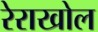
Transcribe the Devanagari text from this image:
रेराखोल